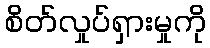
စိတ်လှုပ်ရှားမှုကို